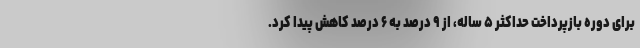
برای دوره بازپرداخت حداکثر ۵ ساله، از ۹ درصد به ۶ درصد کاهش پیدا کرد.